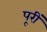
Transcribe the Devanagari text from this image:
पूरीं